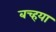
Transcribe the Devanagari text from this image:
बच्हया